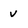
Character: v